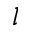
l